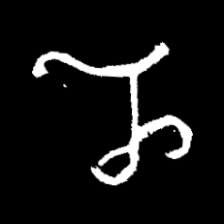
Pyu character \u2014 Myanmar letter: ည (romanized: nya)